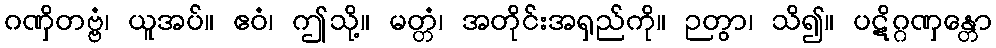
ဂဏှိတဗ္ဗံ၊ ယူအပ်။ ဧဝံ၊ ဤသို့။ မတ္တံ၊ အတိုင်းအရှည်ကို။ ဉတွာ၊ သိ၍။ ပဋိဂ္ဂဏှန္တော